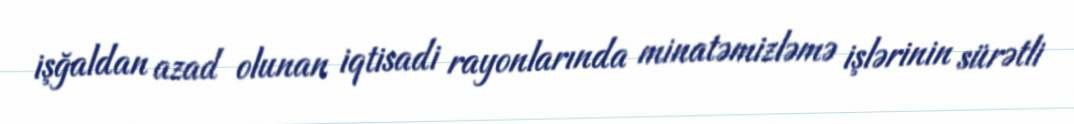
işğaldan azad olunan iqtisadi rayonlarında minatəmizləmə işlərinin sürətli